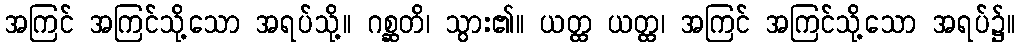
အကြင် အကြင်သို့သော အရပ်သို့။ ဂစ္ဆတိ၊ သွား၏။ ယတ္ထ ယတ္ထ၊ အကြင် အကြင်သို့သော အရပ်၌။